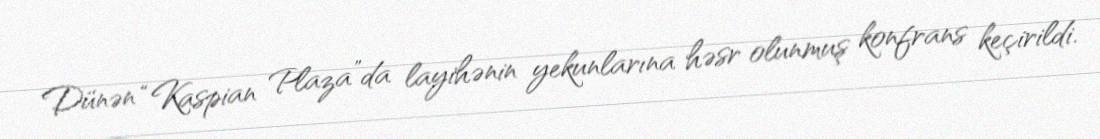
Dünən “Kaspian Plaza”da layihənin yekunlarına həsr olunmuş konfrans keçirildi.